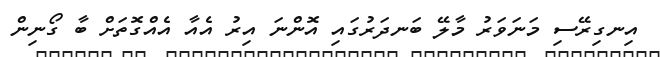
އިނގިރޭސި މަނަވަރު މާލޭ ބަނދަރުގައި އޮންނަ އިރު އެއާ އެއްގޮތަށް ބާ ގޯނިން